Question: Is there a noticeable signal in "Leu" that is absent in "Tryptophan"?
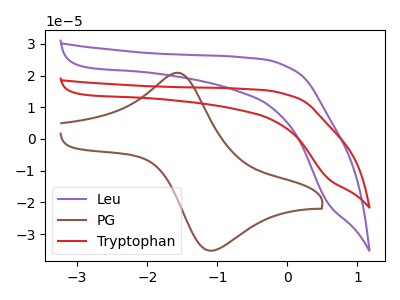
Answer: <think>The purple curve "Leu" has no peaks. The brown curve "PG" has an anodic peak at (-1.55V, 20.90uA) and a cathodic peak at (-1.10V, -35.20uA). The red curve "Tryptophan" has no peaks.
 Neither "Leu" or "Tryptophan" have any peaks.</think>
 <answer>No, "Leu" and "Tryptophan" don't appear to be significantly different in shape</answer>
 <eval>no_change</eval>